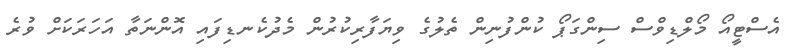
އެސްޓީއޯ މޯލްޑިވްސް ސިންގަޕޯ ކުންފުނިން ތެލުގެ ވިޔަފާރިކުރުން މެދުކެނޑިފައި އޮންނަތާ އަހަރަކަށް ވުރެ